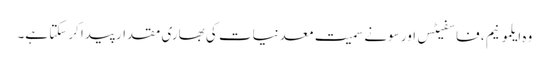
وہ ایلمونیم ، فاسفیٹس اور سونے سمیت معدنیات کی بھاری مقدار پیدا کرسکتا ہے۔